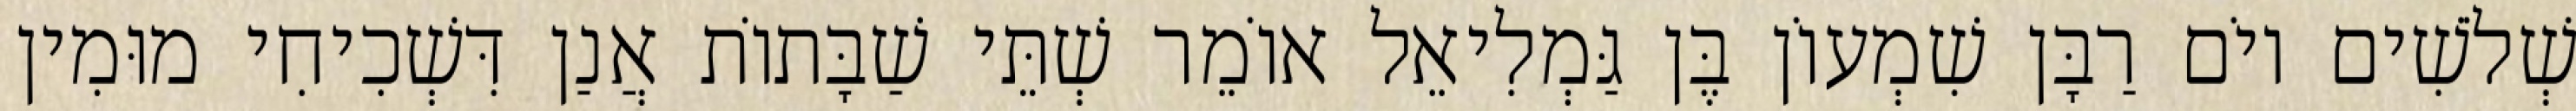
שְׁלֹשִׁים יוֹם רַבָּן שִׁמְעוֹן בֶּן גַּמְלִיאֵל אוֹמֵר שְׁתֵּי שַׁבָּתוֹת אֲנַן דִּשְׁכִיחִי מוּמִין